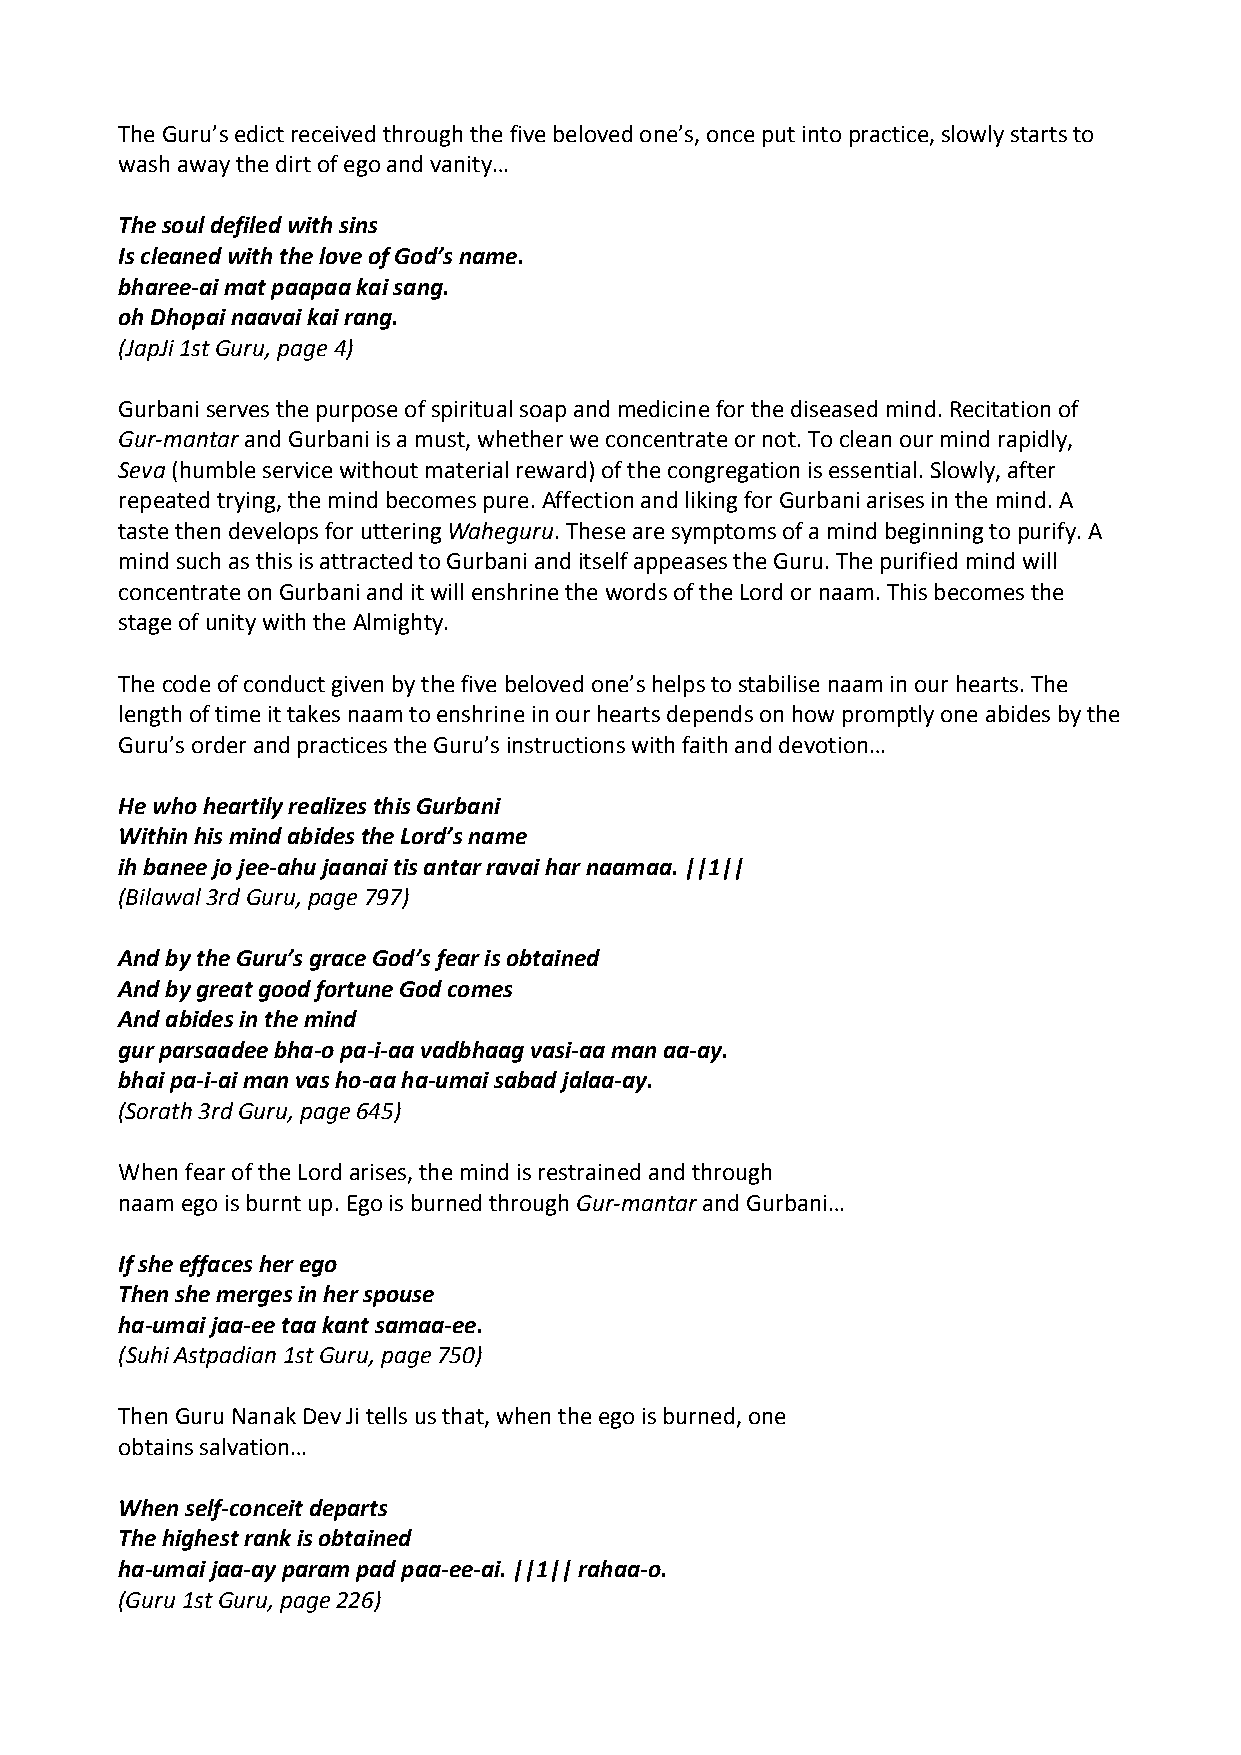
The Guru’s edict received through the five beloved one’s, once put into practice, slowly starts to
 wash away the dirt of ego and vanity…
 The soul defiled with sins
 Is cleaned with the love of God’s name.
 bharee‐ai mat paapaa kai sang.
 oh Dhopai naavai kai rang.
 (JapJi 1st Guru, page 4)
 Gurbani serves the purpose of spiritual soap and medicine for the diseased mind. Recitation of
 Gur‐mantar and Gurbani is a must, whether we concentrate or not. To clean our mind rapidly,
 Seva (humble service without material reward) of the congregation is essential. Slowly, after
 repeated trying, the mind becomes pure. Affection and liking for Gurbani arises in the mind. A
 taste then develops for uttering Waheguru. These are symptoms of a mind beginning to purify. A
 mind such as this is attracted to Gurbani and itself appeases the Guru. The purified mind will
 concentrate on Gurbani and it will enshrine the words of the Lord or naam. This becomes the
 stage of unity with the Almighty.
 The code of conduct given by the five beloved one’s helps to stabilise naam in our hearts. The
 length of time it takes naam to enshrine in our hearts depends on how promptly one abides by the
 Guru’s order and practices the Guru’s instructions with faith and devotion…
 He who heartily realizes this Gurbani
 Within his mind abides the Lord’s name
 ih banee jo jee‐ahu jaanai tis antar ravai har naamaa. ||1||
 (Bilawal 3rd Guru, page 797)
 And by the Guru’s grace God’s fear is obtained
 And by great good fortune God comes
 And abides in the mind
 gur parsaadee bha‐o pa‐i‐aa vadbhaag vasi‐aa man aa‐ay.
 bhai pa‐i‐ai man vas ho‐aa ha‐umai sabad jalaa‐ay.
 (Sorath 3rd Guru, page 645)
 When fear of the Lord arises, the mind is restrained and through
 naam ego is burnt up. Ego is burned through Gur‐mantar and Gurbani…
 If she effaces her ego
 Then she merges in her spouse
 ha‐umai jaa‐ee taa kant samaa‐ee.
 (Suhi Astpadian 1st Guru, page 750)
 Then Guru Nanak Dev Ji tells us that, when the ego is burned, one
 obtains salvation…
 When self‐conceit departs
 The highest rank is obtained
 ha‐umai jaa‐ay param pad paa‐ee‐ai. ||1|| rahaa‐o.
 (Guru 1st Guru, page 226)